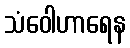
သံဝေါဟာရေန